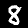
Digit: 8